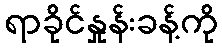
ရာခိုင်နှုန်းခန့်ကို